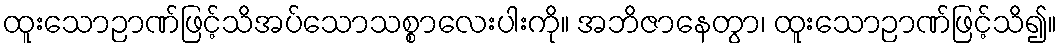
ထူးသောဉာဏ်ဖြင့်သိအပ်သောသစ္စာလေးပါးကို။ အဘိဇာနေတွာ၊ ထူးသောဉာဏ်ဖြင့်သိ၍။